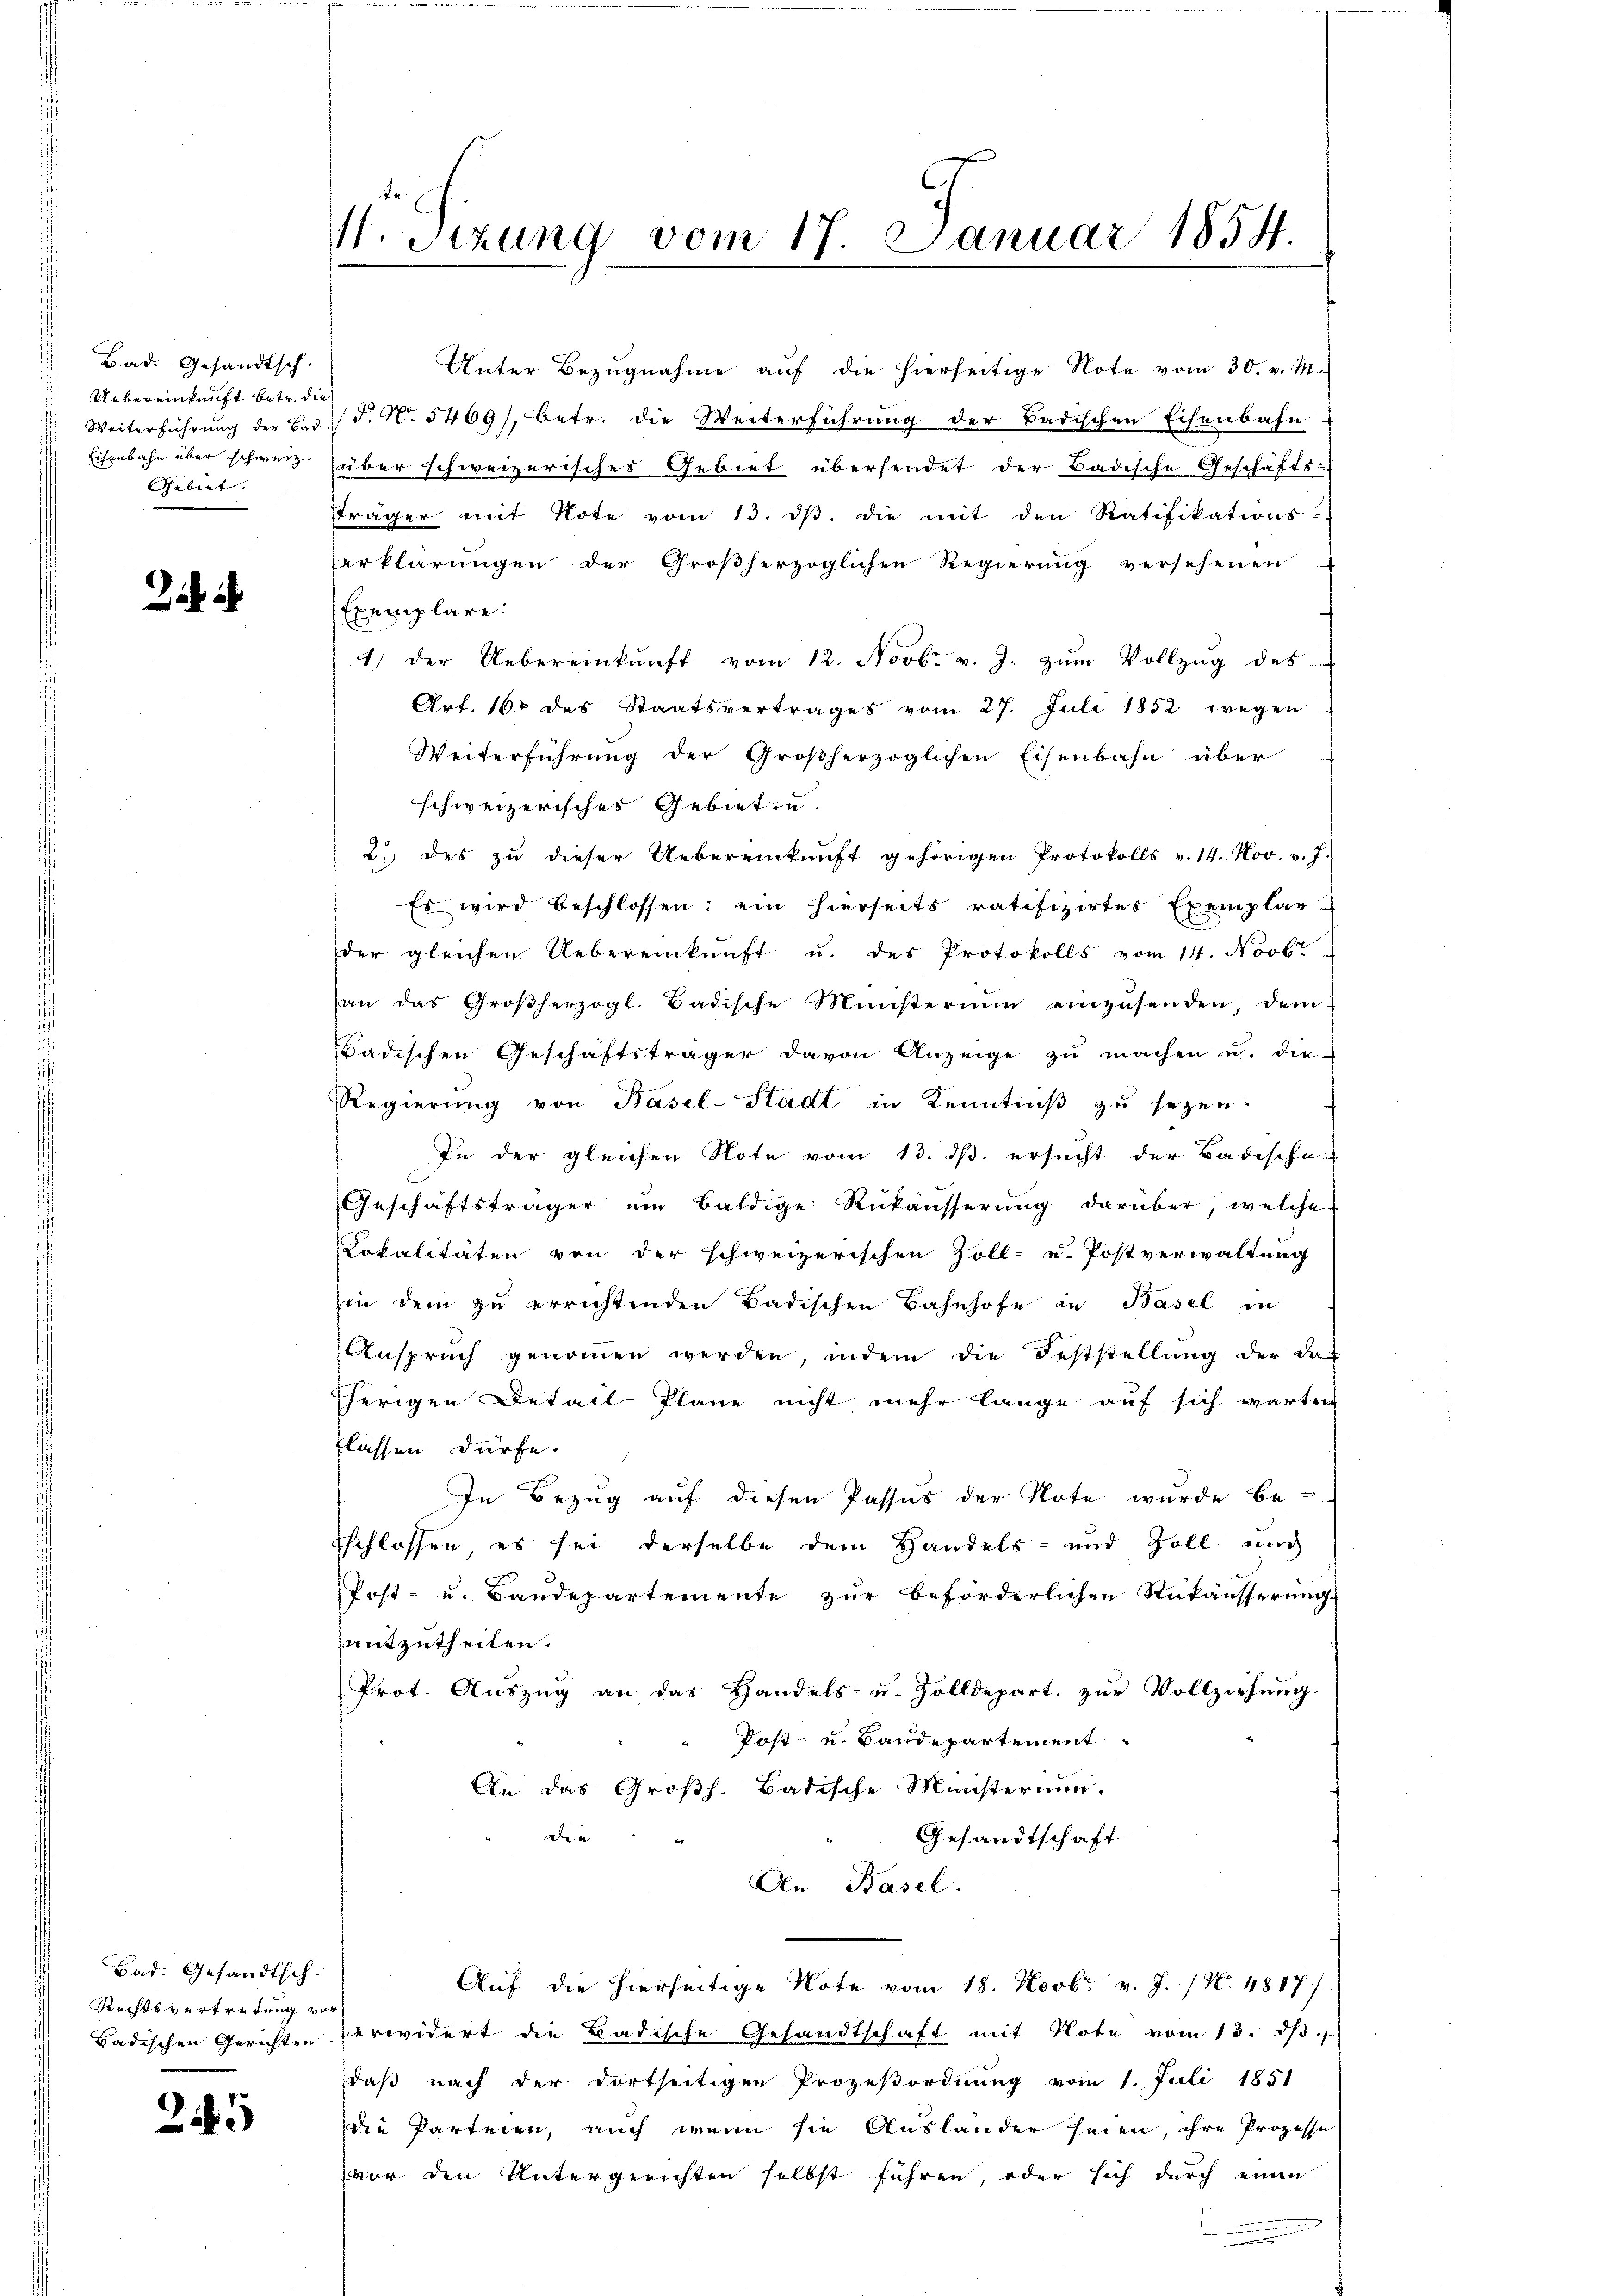
Bad. Gesandtsch.
Uebereinkunft betr. die
¬
Weiterführung der Bad.
Eisenbahn über schweiz.
Gebiet. |

2

Bad. Gesandtsch.
Rechtsvertretung von
Badischen Gerichten

245

V. Sezung vom 17. Januar 1854.

Unter Bezugnahme auf die hierseitige Note vom 30. v. M.
P. No. 5469/, betr. die Weiterführung der Badischen Eisenbahn
über schweizerisches Gebiet übersendet der Badische Geschäfts-
träger mit Note vom 13. dβ. die mit den Ratifikations-
erklärungen der Großherzoglichen Regierung versehenen
Exemplare.
1) der Uebereinkunft vom 12. Novbr. v. J. zŭm Vollzŭg des
Art. 160 des Staatsvertrages vom 27. Juli 1852 wegen
Weiterführung der Großherzoglichen Eisenbahn über
schweizerisches Gebieten.
2. des zu dieser Uebereinkunft gehörigen Protokolls v. 14. Nov. v. J.
Es wird beschlossen: ein hierseits ratifizirtes Exemplar
der gleichen Uebereinkunft u. des Protokolls vom 14. Novbr
an das Großherzogl. Badische Ministerium einzusenden, dem
Badischen Geschäftsträger davon Anzeige zu machen u. die
Regierung von Basel-Stadt in Kenntniß zu sezen.
In der gleichen Note vom 13. ds. ersucht der Badische-
Geschäftsträger am baldige Rükäusserung darüber, welche
Lokalitäten von der schweizerischen Zoll- u. Postverwaltung
in dem zu errichtenden Badischen Bahnhofe in Basel in
Anspruch genommen werden, indem die Feststellung der das
herigen Detail-Plane nicht mehr lange auf sich warten
lassen dürfe.
In Bezug auf diesen Passus der Note wurde be-
sschlossen, es sei derselbe dem Handels- und Zoll und
Post- u. Baudepartemente zur beförderlichen Rükäusserung
mitzutheilen.
Prot. Auszug an das Handels- u. Zolldepart. zŭr Vollziehung.
Post- u. Baudepartement
An das Großh. Badische Münsterium.
d
Gesandtschaft
An Basel.
Auf die hierseitige Note vom 18. Novbr. v. J. / N. 4887/
erwidert die Badische Gesandtschaft mit Note vom 13. ds.
daß nach der dortseitigen Prozeßordnung vom 1. Juli 1851
die Parteien, auch wenn sie Auslander seien ihre Prozesse
vor den Untergerichten selbst führen, oder sich durch einen